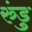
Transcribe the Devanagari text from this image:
रुंडु